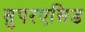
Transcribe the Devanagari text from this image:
सुपरएसिड